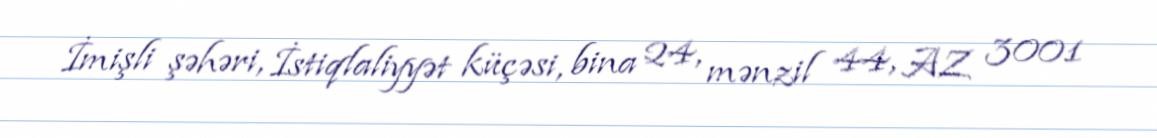
İmişli şəhəri, İstiqlaliyyət küçəsi, bina 24, mənzil 44, AZ 3001